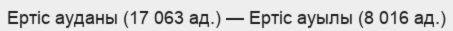
Ертіс ауданы (17 063 ад.) — Ертіс ауылы (8 016 ад.)